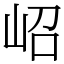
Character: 岹